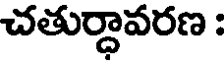
చతుర్ధావరణ :